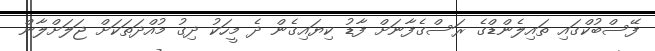
ފޭސްބުކްގައި ތައިލެންޑްގެ ރަސްގެފާނަށް ފާޑު ކިޔައިގެން ދެ މީހަކު ދިގު މުއްދަތަކަށް ޖަލަށްލާން